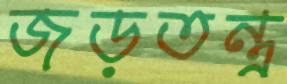
জড়তন্ত্র